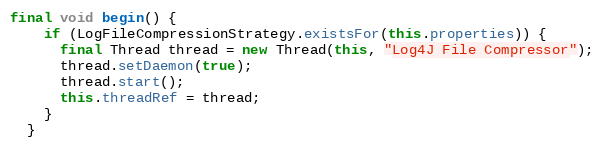
Language: Java
final void begin() {
    if (LogFileCompressionStrategy.existsFor(this.properties)) {
      final Thread thread = new Thread(this, "Log4J File Compressor");
      thread.setDaemon(true);
      thread.start();
      this.threadRef = thread;
    }
  }